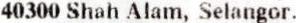
40300 SHAH ALAM, SELANGOR.